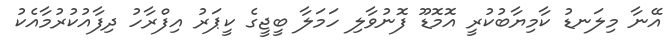
އޭނާ މިލަނޑު ކާމިޔާބުކުރީ އޮމޮޑޫ ފޮނުވާލި ހަމަލާ ބީޖީގެ ކީޕަރު އިފްރާހު ދިފާއުކުރުމާއެކު